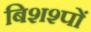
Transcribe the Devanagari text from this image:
बिशश्पों